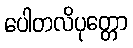
ပေါတလိပုတ္တော